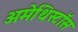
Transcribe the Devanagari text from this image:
अमेथिस्टॉस